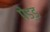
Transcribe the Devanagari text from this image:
पेड्ड